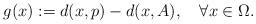
LaTeX: \begin{align*}g(x):=d(x,p)-d(x,A),\quad\forall x\in\Omega.\end{align*}